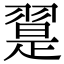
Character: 翨